Report of the Indian Hemp Drugs Commission, 1894-1895 - Volume VI
Year: 1894
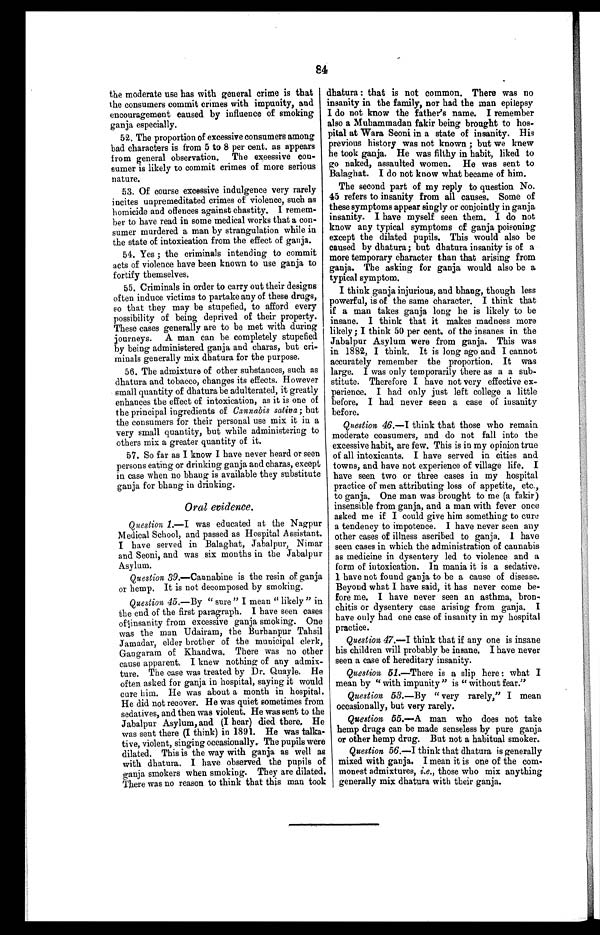
84
the moderate use has with general crime is that
the consumers commit crimes with impunity, and
encouragement caused by influence of smoking
ganja especially.
52. The proportion of excessive consumers among
bad characters is from 5 to 8 per cent. as appears
from general observation. The exeessive con-
sumer is likely to commit crimes of more serious
nature.
53. Of course excessive indulgence very rarely
incites unpremeditated crimes of violence, such as
homicide and offences against chastity. I remem-
ber to have read in some medical works that a con-
sumer murdered a man by strangulation while in
the state of intoxication from the effect of ganja.
54. Yes ; the criminals intending to commit
acts of violence have been known to use ganja to
fortify themselves.
55. Criminals in order to carry out their designs
often induce victims to partake any of these drugs,
so that they may be stupefied, to afford every
possibility of being deprived of their property.
These cases generally are to be met with during
journeys. A man can be completely stupefied
by being administered ganja and charas, but cri-
minals generally mix dhatura for the purpose.
56. The admixture of other substances, such as
dhatura and tobacco, changes its effects. However
small quantity of dhatura be adulterated, it greatly
enhances the effect of intoxication, as it is one of
the principal ingredients of Cannabis sativa ; but
the consumers for their personal use mix it in a
very small quantity, but while administering to
others mix a greater quantity of it.
57. So far as I know I have never heard or seen
persons eating or drinking ganja and charas, except
in case when no bhang is available they substitute
ganja for bhang in drinking.
Oral evidence.
Question 1.— I was educated at the Nagpur
Medical School, and passed as Hospital Assistant.
I have served in Balaghat, Jabalpur, Nimar
and Seoni, and was six months in the Jabalpur
Asylum.
Question 39 .—Cannabine is the resin of ganja
or hemp. It is not decomposed by smoking.
Question 45.—By " sure" I mean " likely " in
the end of the first paragraph. I have seen cases
of insanity from excessive ganja smoking. One
was the man Udairam, the Burhanpur Tahsil
Jamadar, elder brother of the municipal clerk,
Gangaram of Khandwa. There was no other
cause apparent. I knew nothing of any admix-
ture. The case was treated by Dr. Quayle. He
often asked for ganja in hospital, saying it would
cure him. He was about a month in hospital.
He did not recover. He was quiet sometimes from
sedatives, and then was violent. He was sent to the
Jabalpur Asylum, and (I hear) died there, He
was sent there (I think) in 1891. He was talka-
tive, violent, singing occasionally. The pupils were
dilated. This is the way with ganja as well as
with dhatura. I have observed the pupils of
ganja smokers when smoking. They are dilated.
There was no reason to think that this man took
dhatura : that is not common. There was no
insanity in the family, nor had the man epilepsy
I do not know the father's name. I remember
also a Muhammadan fakir being brought to hos-
pital at Wara Seoni in a state of insanity. His
previous history was not known ; but we knew
he took ganja. He was filthy in habit, liked to
go naked, assaulted women. He was sent to
Balaghat. I do not know what became of him.
The second part of my reply to question No.
45 refers to insanity from all causes. Some of
these symptoms appear singly or conjointly in ganja
insanity. I have myself seen them. I do not
know any typical symptoms of ganja poisoning
except the dilated pupils. This would also be
caused by dhatura; but dhatura insanity is of a
more temporary character than that arising from
ganja. The asking for ganja would also be a
typical symptom.
I
think ganja injurious, and bhang, though less
powerful, is of the same character. I think that
if a man takes ganja long he is likely to be
insane. I think that it makes madness more
likely ; I think 50 per cent. of the insanes in the
Jabalpur Asylum were from ganja. This was
in 1882, I think. It is long ago and I cannot
accurately remember the proportion. It was
large. I was only temporarily there as a a sub-
stitute. Therefore I have not very effective ex-
perience. I had only just left college a little
before. I had never seen a case of insanity
before.
Question 46.—I think that those who remain
moderate consumers, and do not fall into the
excessive habit, are few. This is in my opinion true
of all intoxicants. I have served in cities and
towns, and have not experience of village life.
I h a v e s e e n t w o o r t h r e e c a s e s i n m y h o s p i t a l
practice of men attributing loss of appetite, etc.,
to ganja. One man was brought to me (a fakir)
insensible from ganja, and a man with fever once
asked me if I could give him something to cure
a tendency to impotence. I have never seen any
other cases of illness ascribed to ganja. I have
seen cases in which the administration of cannabis
as medicine in dysentery led to violence and a
form of intoxication. In mania it is a sedative.
1 have not found ganja to be a cause of disease.
Beyond what I have said, it has never come be-
fore me. I have never seen an asthma, bron-
chitis or dysentery case arising from ganja.
I have only had one case of insanity in my hospital
practice.
Question 47.—I think that if any one is insane
his children will probably be insane. I have never
seen a case of hereditary insanity.
Question 51. —There is a slip here : what
I m e a n b y " w i t h i m p u n i t y " i s " w i t h o u t f e a r . "
Question 53 .—By " very rarely," I mean
occasionally, but very rarely.
Question 55. —A man who does not take
hemp drugs can be made senseless by pure ganja
or other hemp drug. But not a habitual smoker.
Question 56. —I think that dhatura is generally
mixed with ganja. I mean it is one of the com-
monest admixtures, i.e. , those who mix anything
generally mix dhatura with their ganja.